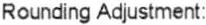
ROUNDING ADJUSTMENT: